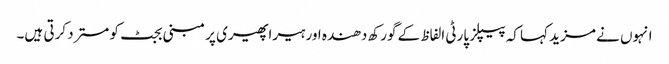
انہوں نے مزید کہا کہ پیپلز پارٹی الفاظ کے گورکھ دھندہ اور ہیراپھیری پر مبنی بجٹ کو مسترد کرتی ہیں۔